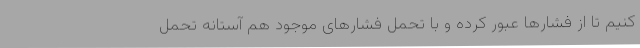
کنیم تا از فشارها عبور کرده و با تحمل فشارهای موجود هم آستانه تحمل